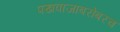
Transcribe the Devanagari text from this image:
पखवाजाबरोबरच